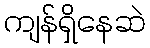
ကျန်ရှိနေဆဲ